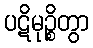
ပဋိမုဉ္စိတွာ